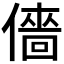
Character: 𠎸